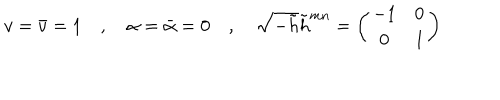
v = \bar { v } = 1 \quad , \quad \alpha = \bar { \alpha } = 0 \quad , \quad \sqrt { - \tilde { h } } \tilde { h } ^ { m n } = \left( \begin{matrix} { { - 1 } } & { { 0 } } \\ { { 0 } } & { { 1 } } \\ \end{matrix} \right)